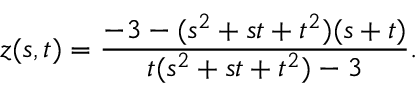
z ( s , t ) = { \frac { - 3 - ( s ^ { 2 } + s t + t ^ { 2 } ) ( s + t ) } { t ( s ^ { 2 } + s t + t ^ { 2 } ) - 3 } } .